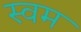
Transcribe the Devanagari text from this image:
स्वम